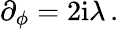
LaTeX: \partial_{\phi}=2\mathrm{i}\lambda\, .